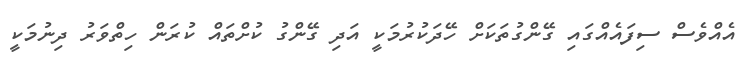
އެއްވެސް ސިފައެއްގައި ގޭންގުތަކަށް ހޭދަކުރުމަކީ އަދި ގޭންގު ކުށްތައް ކުރަން ހިތްވަރު ދިނުމަކީ